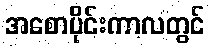
အစောပိုင်းကာလတွင်